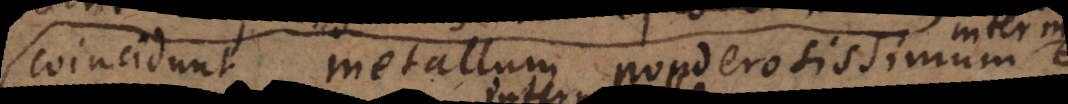
coincidunt metallum ponderosissimum